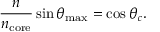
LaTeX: { \frac { n } { n _ { \mathrm { c o r e } } } } \sin \theta _ { \mathrm { m a x } } = \cos \theta _ { c } .